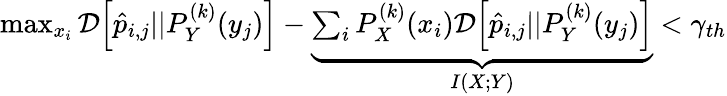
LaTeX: \begin{array}{r}{\operatorname*{max}_{x_{i}}\mathcal{D}\Big[\hat{p}_{i,j}||P_{Y}^{(k)}(y_{j})\Big]-\underbrace{\sum_{i}P_{X}^{(k)}(x_{i})\mathcal{D}\Big[\hat{p}_{i,j}||P_{Y}^{(k)}(y_{j})\Big]}_{I(X;Y)}<\gamma_{th}}\end{array}